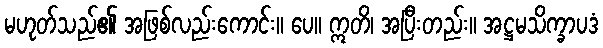
မဟုတ်သည်၏ အဖြစ်လည်းကောင်း။ ပေ။ ဣတိ၊ အပြီးတည်း။ အဋ္ဌမသိက္ခာပဒံ